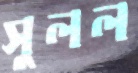
সুলল